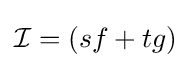
{\mathcal {I}}=(sf+tg)